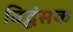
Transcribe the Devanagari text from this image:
विद्धंसक